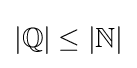
|\mathbb {Q} |\leq |\mathbb {N} |